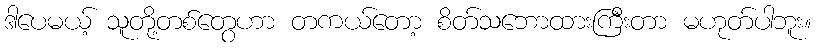
ဒါပေမယ့် သူတို့တစ်တွေဟာ တကယ်တော့ စိတ်သဘောထားကြီးတာ မဟုတ်ပါဘူး။